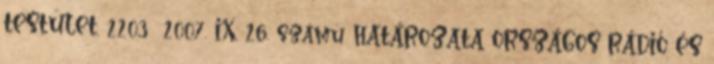
TESTÜLET. 2203 2007. IX. 26. számú HATÁROZATA ORSZÁGOS RÁDIÓ ÉS